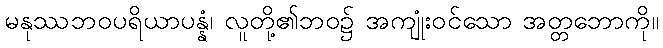
မနုဿဘဝပရိယာပန္နံ၊ လူတို့၏ဘဝ၌ အကျုံးဝင်သော အတ္တဘောကို။